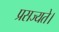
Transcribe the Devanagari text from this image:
प्रसज्यते।